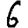
Digit: 6